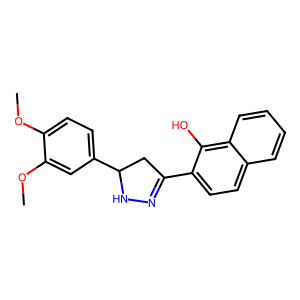
SMILES: COc1ccc(C2CC(c3ccc4ccccc4c3O)=NN2)cc1OC
Inhibits HIV replication: No